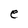
Character: e